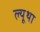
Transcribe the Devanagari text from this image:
ल्यूथा